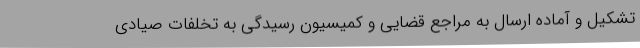
تشکیل و آماده ارسال به مراجع قضایی و کمیسیون رسیدگی به تخلفات صیادی